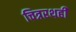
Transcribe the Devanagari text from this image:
चित्ररथही